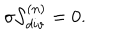
\sigma { \cal S } _ { d i v } ^ { ( n ) } = 0 .